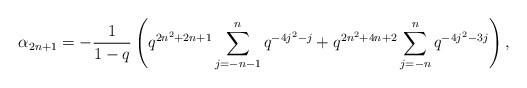
LaTeX: \begin{align*} \alpha_{2n+1} = -\frac{1}{1-q}\left(q^{2n^2+2n+1}\sum_{j=-n-1}^{n}q^{-4j^2-j} + q^{2n^2+4n+2}\sum_{j=-n}^{n}q^{-4j^2-3j}\right),\end{align*}